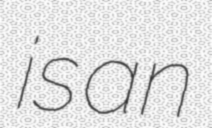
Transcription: is an